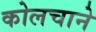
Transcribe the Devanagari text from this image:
कोलचाने